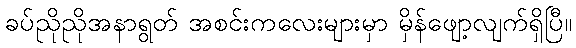
ခပ်ညိုညိုအနာရွတ် အစင်းကလေးများမှာ မှိန်ဖျော့လျက်ရှိပြီ။